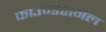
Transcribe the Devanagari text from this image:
फाउण्डेशनल